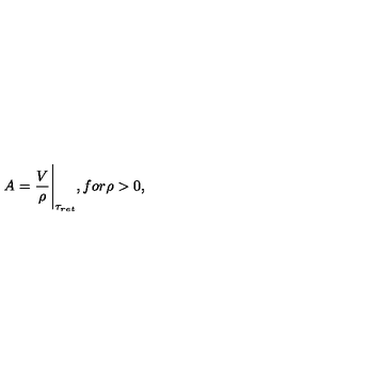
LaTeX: A = \frac { V } { \rho } { \Bigg | } _ { { \tau } _ { r e t } } , f o r \rho > 0 ,